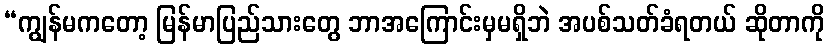
“ကျွန်မကတော့ မြန်မာပြည်သားတွေ ဘာအကြောင်းမှမရှိဘဲ အပစ်သတ်ခံရတယ် ဆိုတာကို